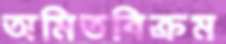
অমিতবিক্রম